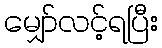
မျှော်လင့်ရပြီး